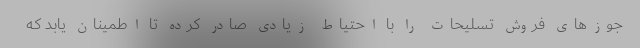
جوزهای فروش تسلیحات را با احتیاط زیادی صادر کرده تا اطمینان یابد که